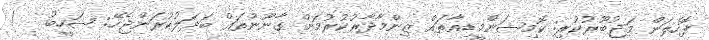
ފޮހެލަން މަޖުބޫރުކުރި: ކޮމިޝަންމީޑިއާތައް ޒިންމާދާރުކުރުމަށް ގާނޫނުތައް ބަދަލުކުރަންޖެހޭ: ޝަހީބު   !